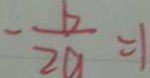
- \frac { b } { 2 a } = 1